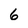
Character: 6